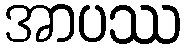
အာပဿ